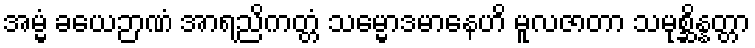
အမ္မံ ခယေဉာဏံ အာရညိကတ္တံ သမ္မောဒမာနေဟိ မူလဇာတာ သမုစ္ဆိန္နတ္တာ